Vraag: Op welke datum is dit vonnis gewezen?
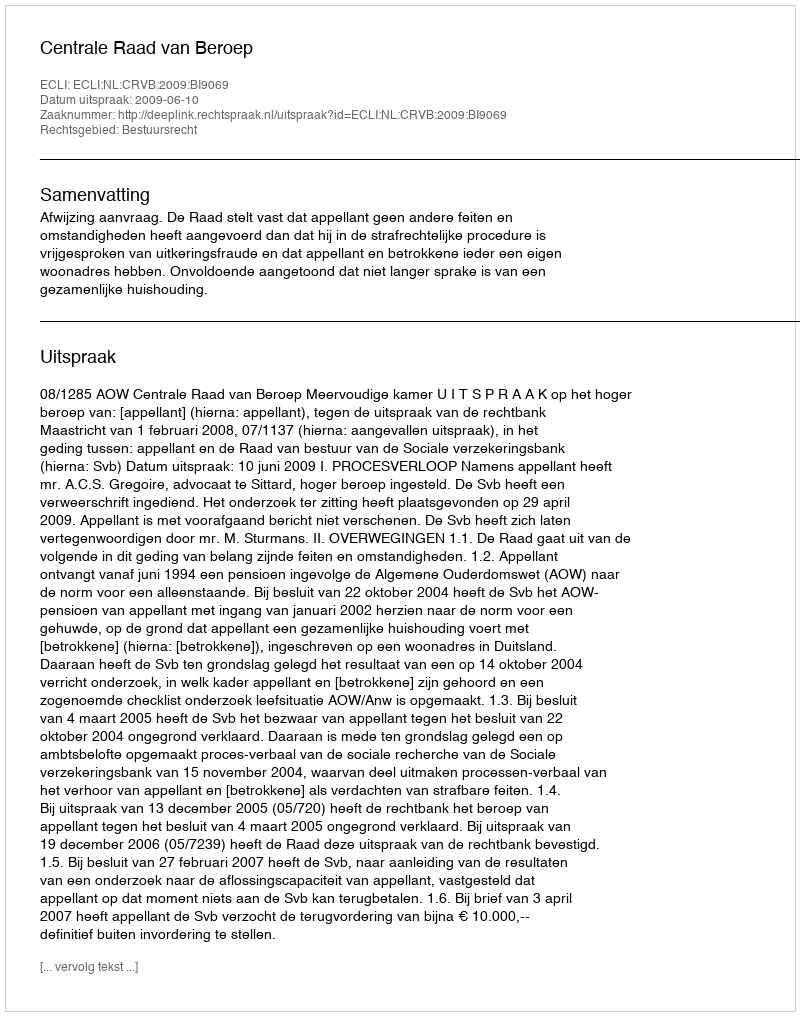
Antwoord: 2009-06-10